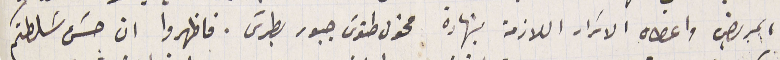
المريض واعطاه الاسَرار اللازمة بشهادة مخول طنوسَ جبور بطرسَ. فاظهروا ان حسَن سَلطتكم